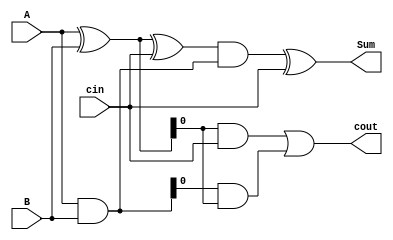
module Carry_lookahead_subtractor (
    input [3:0] A, B,
    input cin,
    output reg [3:0] Sum,
    output reg cout
);

wire [3:0] P, G;

assign P = A ^ B;
assign G = A & B;

assign Sum = ((P ^ cin) & G) ^ cin;
assign cout = (P & cin) | (G & P);

endmodule